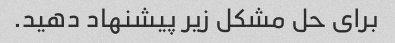
برای حل مشکل زیر پیشنهاد دهید.